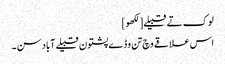
لوک تے قبیلے[لکھو]
اس علاقے وچ تن وڈے پشتون قبیلے آباد سن ۔